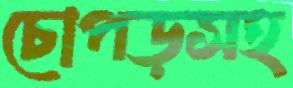
চোপড়সহ